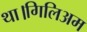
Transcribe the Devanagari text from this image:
था।गिलिअम